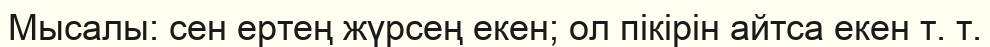
Мысалы: сен ертең жүрсең екен; ол пікірін айтса екен т. т.